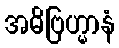
အဓိဗြဟ္မာနံ